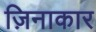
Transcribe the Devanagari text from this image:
ज़िनाकार